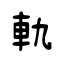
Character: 軌